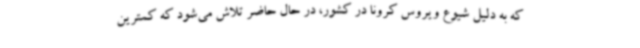
که به دلیل شیوع ویروس کرونا در کشور، در حال حاضر تلاش می‌شود که کمترین